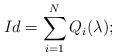
LaTeX: \begin{align*}Id = \sum_{i = 1}^{N} Q_i(\lambda);\end{align*}